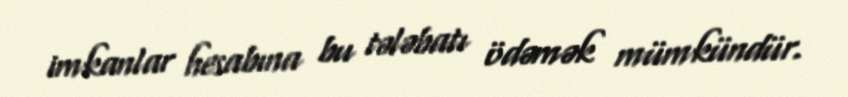
imkanlar hesabına bu tələbatı ödəmək mümkündür.